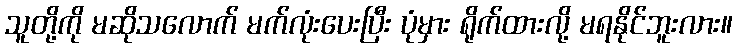
သူတို့ကို မဆိုသလောက် မက်လုံးပေးပြီး ပုံမှား ရိုက်ထားလို့ မရနိုင်ဘူးလား။